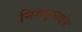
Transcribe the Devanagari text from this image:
निमसुलाईड